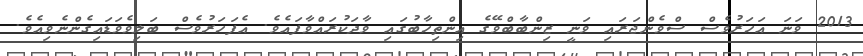
2013 ވަނަ އަހަރުވެސް ސްވެންޖަރައި ވަނީ ޒިންބާބްވޭގެ އިންތިހާބުގައި ވާދަކުރައްވާފައެވެ. އެފަހަރުވެސް ބަލިވެވަޑައިގެންނެވިއެވެ.